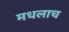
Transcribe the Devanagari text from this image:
मधलाच